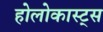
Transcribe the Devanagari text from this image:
होलोकास्ट्स